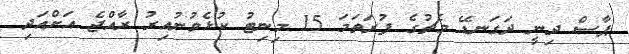
ޕާސް ދިނީ ދަގަނޑޭ މެޗުގެ ފުރަތަމަ 15 މިނިޓު ކުޅެވުނުއިރު ރާއްޖެ އަށްއަދި